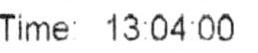
TIME: 13:04:00